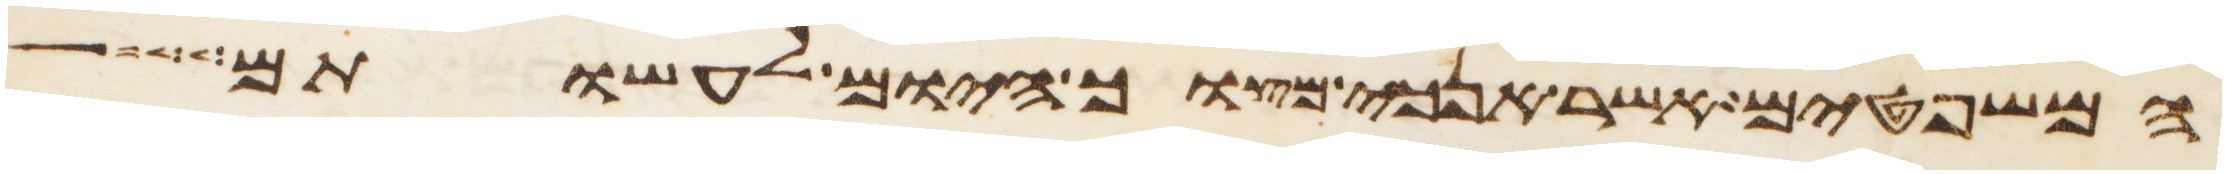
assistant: המשפטים אשר אנכי מצוך היום לעשותם